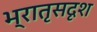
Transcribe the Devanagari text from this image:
भ्रातृसदृश